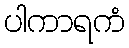
ပါကာရကံ